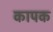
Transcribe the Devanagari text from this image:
कापक